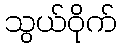
သွယ်ဝိုက်